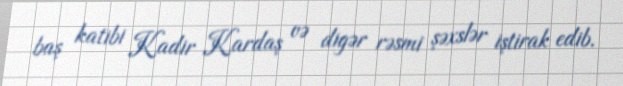
baş katibi Kadir Kardaş və digər rəsmi şəxslər iştirak edib.